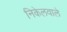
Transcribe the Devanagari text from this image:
निकेलवाले